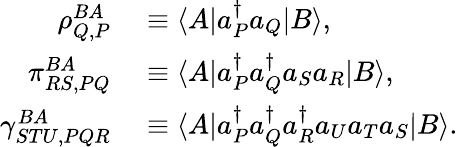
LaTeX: \begin{array}{rl}{\rho_{Q,P}^{BA}}&{{}\equiv\langle A|a_{P}^{\dagger}a_{Q}|B\rangle,}\\ {\pi_{RS,PQ}^{BA}}&{{}\equiv\langle A|a_{P}^{\dagger}a_{Q}^{\dagger}a_{S}a_{R}|B\rangle,}\\ {\gamma_{STU,PQR}^{BA}}&{{}\equiv\langle A|a_{P}^{\dagger}a_{Q}^{\dagger}a_{R}^{\dagger}a_{U}a_{T}a_{S}|B\rangle.}\end{array}